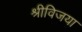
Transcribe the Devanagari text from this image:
श्रीविजया